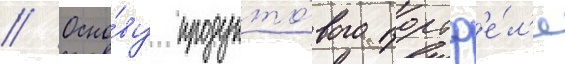
// Осно́ву продукто́вого портф'е́л'я